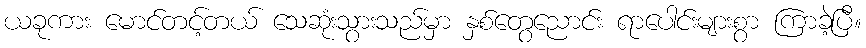
ယခုကား မောင်တင့်တယ် သေဆုံးသွားသည်မှာ နှစ်တွေညောင်း ရာပေါင်းများစွာ ကြာခဲ့ပြီ။